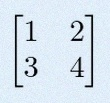
\begin{bmatrix}1&2\\3&4\end{bmatrix}